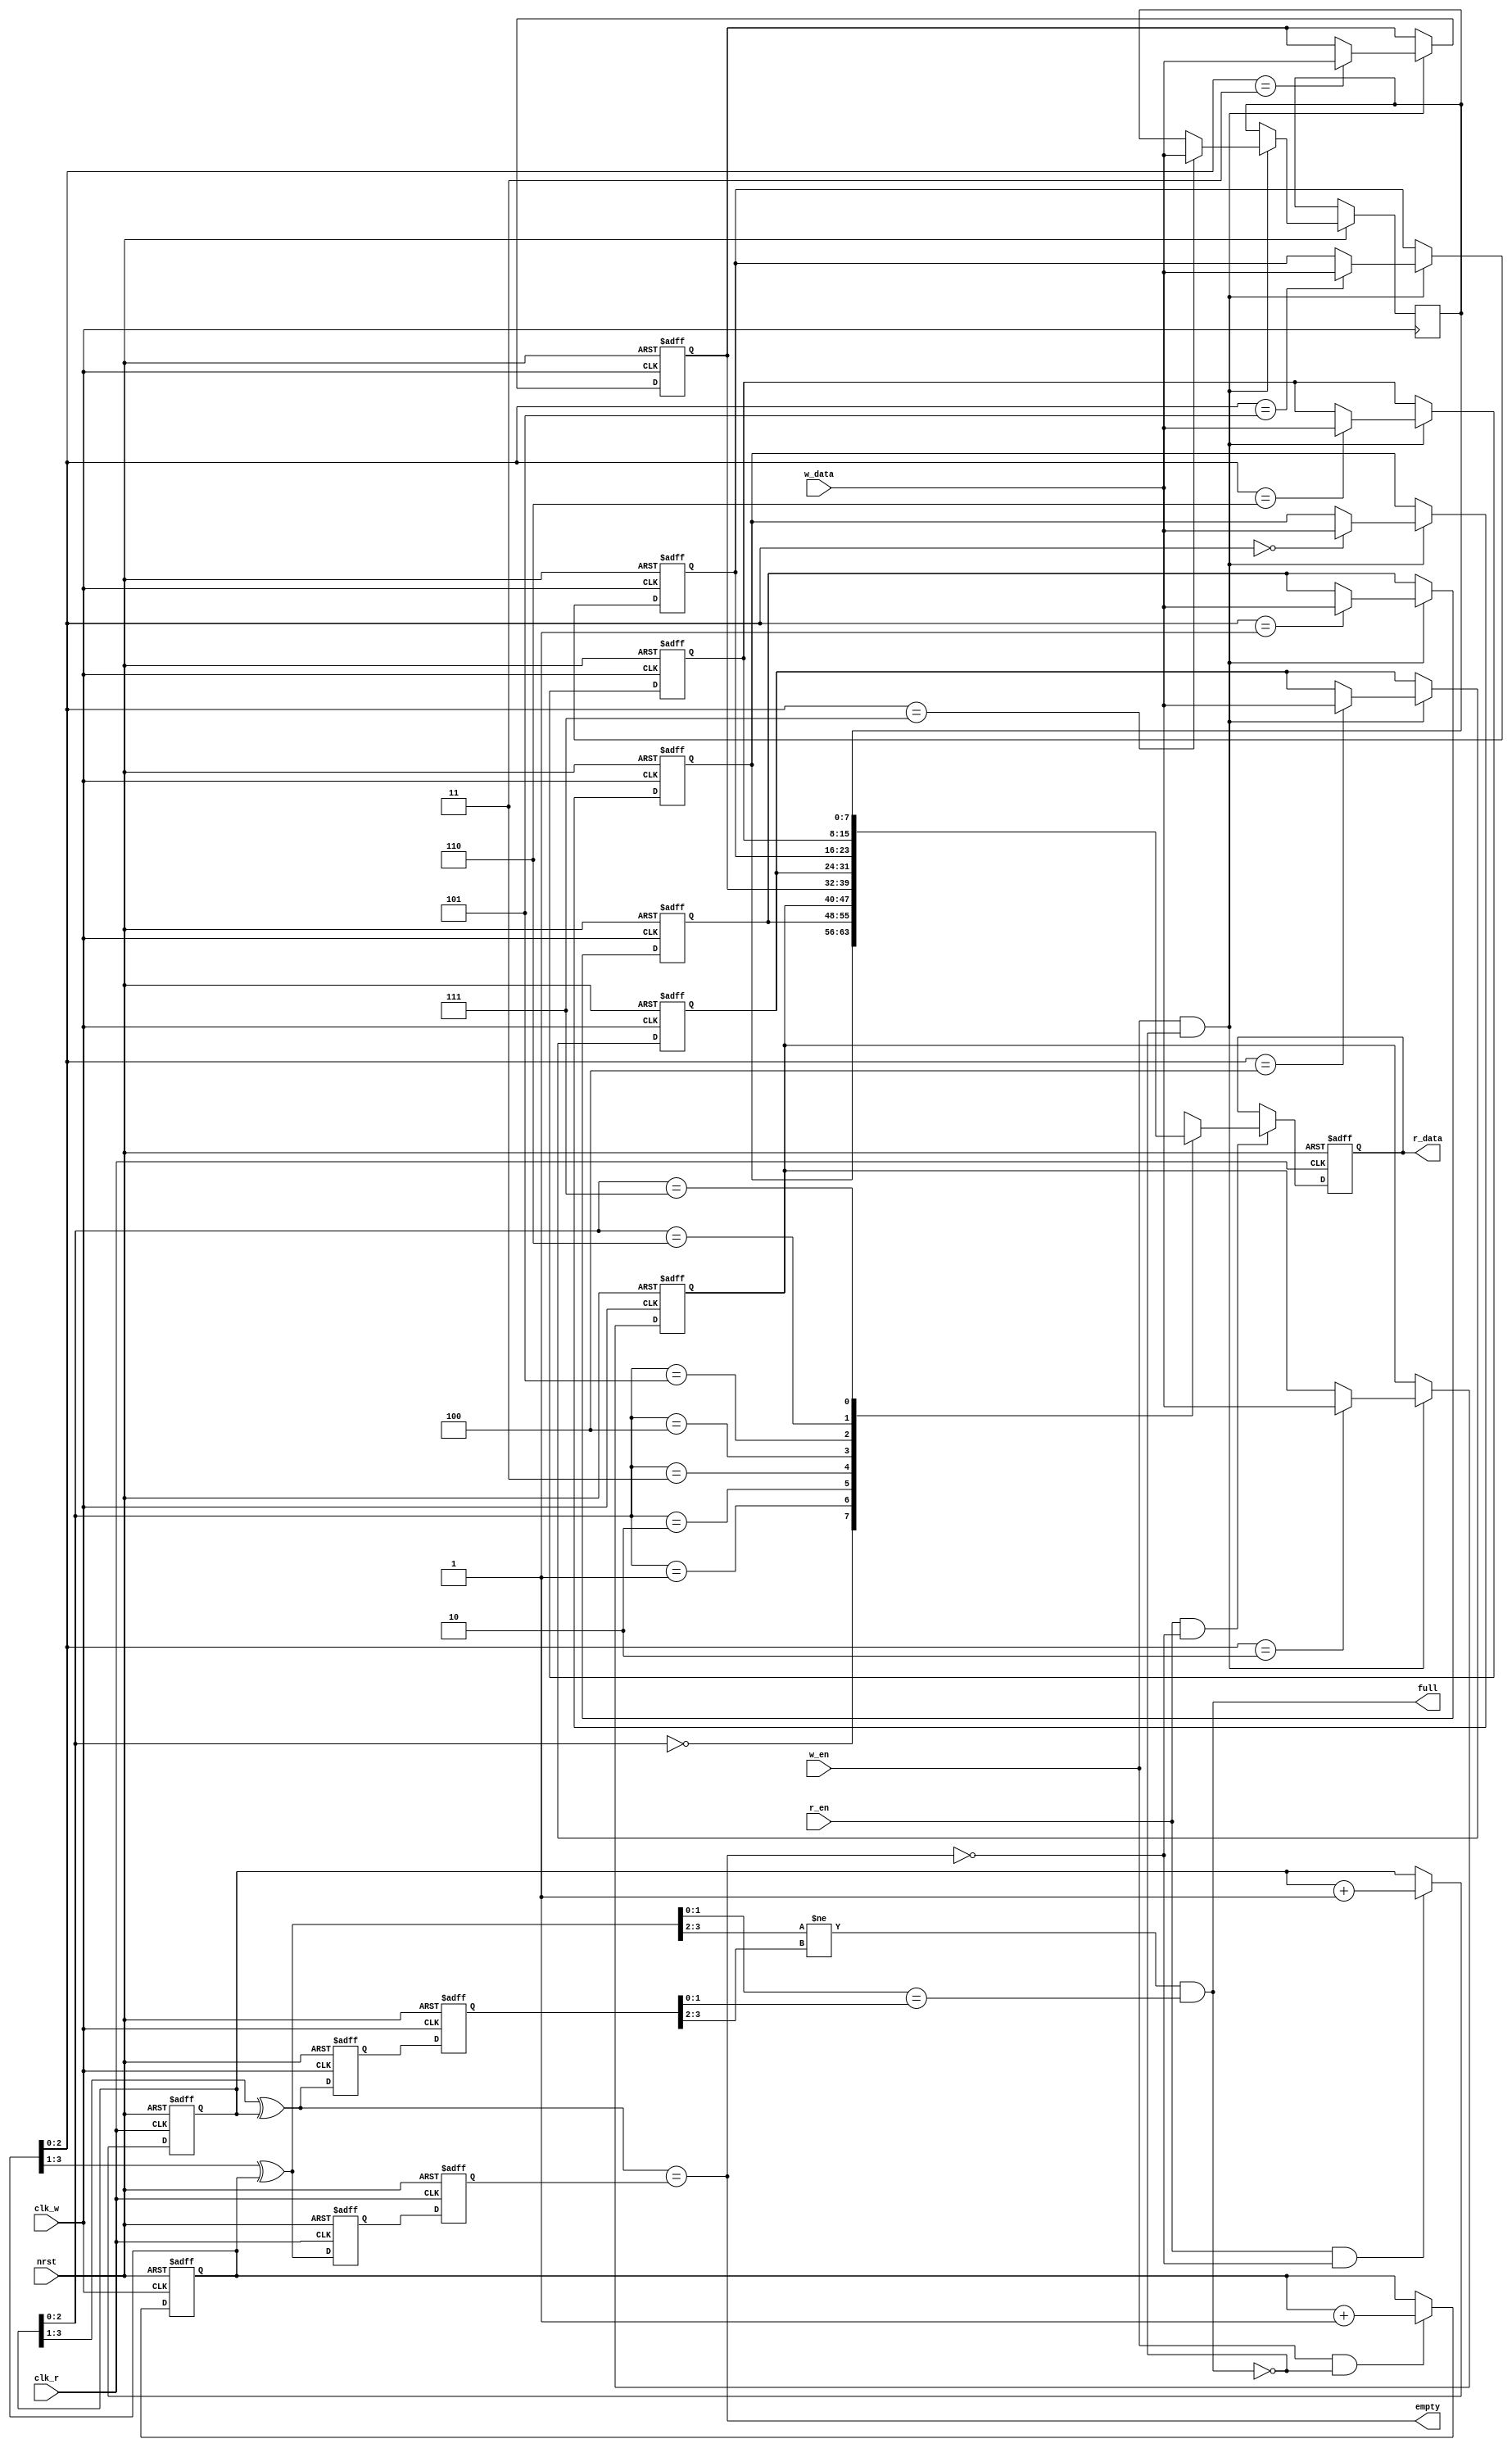
module my_async_fifo(
	input	clk_w,
	input	clk_r,
	input	nrst,
	input	w_en,
	input	r_en,
	input	[7:0]	w_data,
	output	reg	[7:0]	r_data,
	output	empty,
	output	full
);
// let's assume the size of this fifo is 8; 
//address pointer
reg	[3:0]	w_add_pointer,r_add_pointer;
always@(posedge clk_w or negedge nrst)begin
	if(!nrst)
		w_add_pointer	<=	4'd0;
	else	if(w_en &&	(!full))
		w_add_pointer	<=	w_add_pointer	+	1'b1;
	else
		w_add_pointer	<=	w_add_pointer;
end
always@(posedge clk_r or negedge nrst)begin
	if(!nrst)
		r_add_pointer	<=	4'd0;
	else	if(r_en	&&	(!empty))
		r_add_pointer	<=	r_add_pointer	+	1'b1;
	else
		r_add_pointer	<=	r_add_pointer;
end
//gary code
wire	[3:0]	w_add_gary,r_add_gary;
assign	w_add_gary	=	(w_add_pointer	>>	1)	^	w_add_pointer;
assign	r_add_gary	=	(r_add_pointer	>>	1)	^	r_add_pointer;
//cdc
reg	[3:0]	w_add_gary_r,w_add_gary_rr,r_add_gary_r,r_add_gary_rr;
always@(posedge clk_w or negedge nrst)begin
	if(!nrst)begin
		r_add_gary_r	<=	4'd0;
		r_add_gary_rr	<=	4'd0;
	end
	else	begin
		r_add_gary_r	<=	r_add_gary;
		r_add_gary_rr	<=	r_add_gary_r;
	end
end
always@(posedge clk_r or negedge nrst)begin
	if(!nrst)begin
		w_add_gary_r	<=	4'd0;
		w_add_gary_rr	<=	4'd0;
	end
	else	begin
		w_add_gary_r	<=	w_add_gary;
		w_add_gary_rr	<=	w_add_gary_r;
	end
end
// full and empty
assign	empty	=	(r_add_gary	==	w_add_gary_rr);
assign	full	=	(w_add_gary[3:2]	!=	r_add_gary_rr[3:2])	&	(w_add_gary[1:0]	==	r_add_gary_rr[1:0]);
//address
wire	[2:0]	w_add	=	w_add_pointer[2:0];
wire	[2:0]	r_add	=	r_add_pointer[2:0];
//read and write
integer i;
reg	[7:0]	ram	[7:0];
always@(posedge	clk_w or negedge nrst)begin
	if(!nrst)begin
		for(i=0;i<7;i=i+1)
			ram[i]	<=	8'd0;
	end
	else if(w_en & (!full))
			ram[w_add]	<=	w_data;
end
always@(posedge clk_r or negedge nrst)begin
	if(!nrst)
		r_data	<=	8'd0;
	else if(r_en & (!empty))
		r_data	<=	ram[r_add];
end
endmodule